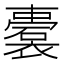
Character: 𲁃